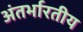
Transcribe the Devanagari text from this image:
अंतर्भारतीय